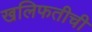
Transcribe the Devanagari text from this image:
खलिफतीची